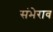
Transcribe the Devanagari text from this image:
संभेराव